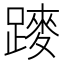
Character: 𨄣